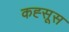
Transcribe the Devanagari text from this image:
कह्सूस